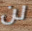
لن